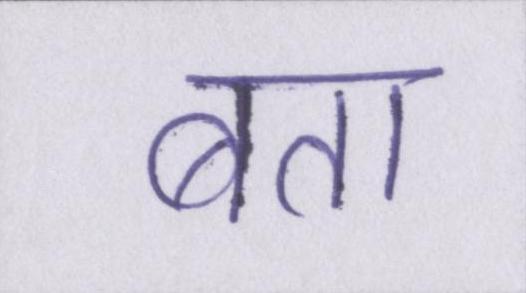
बता